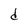
Character: d